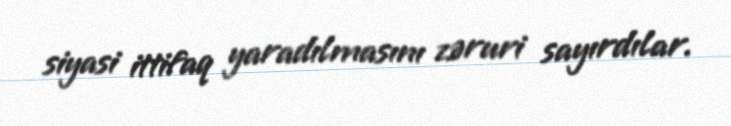
siyasi ittifaq yaradılmasını zəruri sayırdılar.